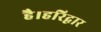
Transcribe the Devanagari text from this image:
है।हरिद्वार